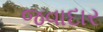
જવાદાર